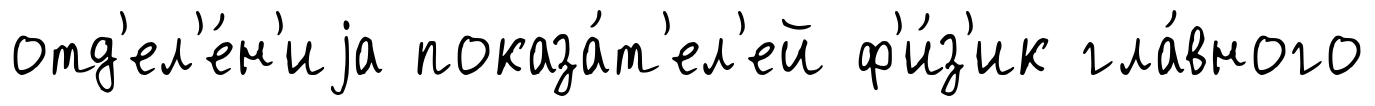
отд'ел'е́н'иjа показа́т'ел'ей ф'и́з'ик гла́вного